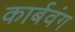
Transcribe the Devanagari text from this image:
कार्बवंग